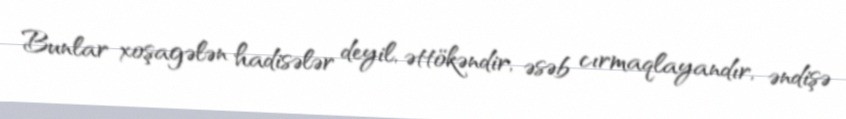
Bunlar xoşagələn hadisələr deyil, əttökəndir, əsəb cırmaqlayandır, əndişə